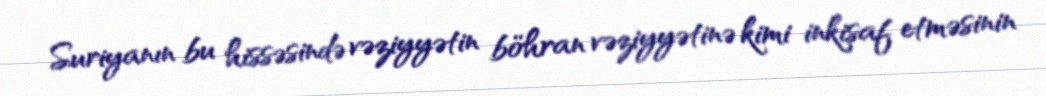
Suriyanın bu hissəsində vəziyyətin böhran vəziyyətinə kimi inkişaf etməsinin